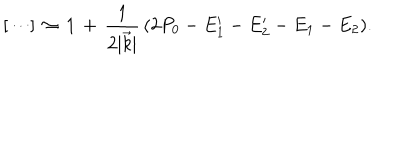
LaTeX: [ \cdots ] \, \approx \, 1 \, + \, { \frac { 1 } { 2 \vert \vec { k } \vert } } \, ( 2 P _ { 0 } - E _ { 1 } ^ { \prime } - E _ { 2 } ^ { \prime } - E _ { 1 } - E _ { 2 } ) .